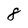
Character: 8